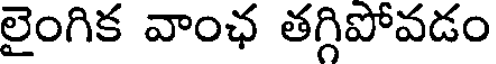
లైంగిక వాంఛ తగ్గిపోవడం